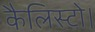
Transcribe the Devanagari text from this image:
कैलिस्टो।